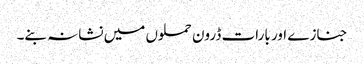
جنازے اور بارات ڈرون حملوں میں نشانہ بنے۔